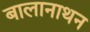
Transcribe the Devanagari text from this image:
बालानाथन